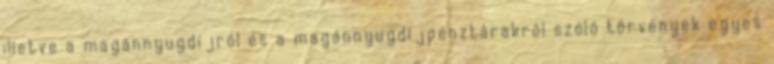
illetve a magánnyugdíjról és a magánnyugdíjpénztárakról szóló törvények egyes